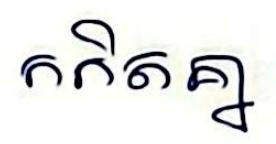
កកិតគ្នា